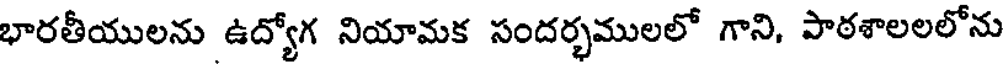
భారతీయులను ఉద్యోగ నియామక సందర్భములలో గాని, పాఠశాలలలోను